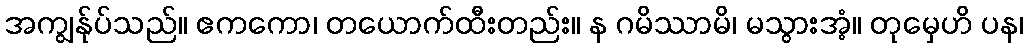
အကျွန်ုပ်သည်။ ဧကကော၊ တယောက်ထီးတည်း။ န ဂမိဿာမိ၊ မသွားအံ့။ တုမှေဟိ ပန၊